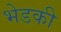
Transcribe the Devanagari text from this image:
भेडकी